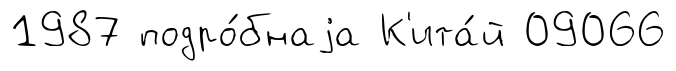
1987 подро́бнаjа К'ита́й 09066